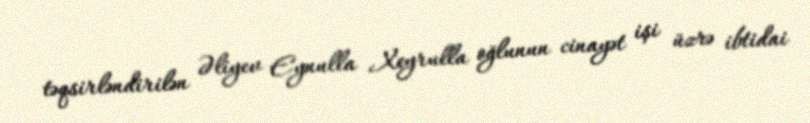
təqsirləndirilən Əliyev Eynulla Xeyrulla oğlunun cinayət işi üzrə ibtidai